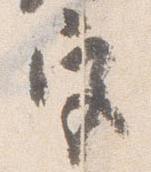
宮